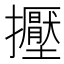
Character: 𢹥